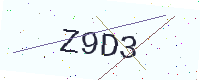
Text: Z9D3